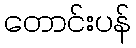
တောင်းပန်